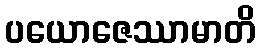
ပယောဇေဿာမာတိ